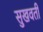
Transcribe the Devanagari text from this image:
सुखवती